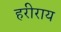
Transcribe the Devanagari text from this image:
हरीराय